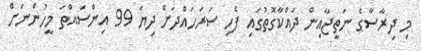
މި ދިރާސާގެ ނަތީޖާއިން ދައްކާގޮތުގައި ފެހި ސަރަހައްދަށް ދިޔަ 99 އިންސައްތަ މީހުންނަށް